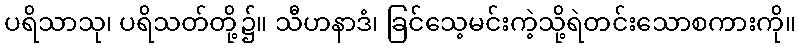
ပရိသာသု၊ ပရိသတ်တို့၌။ သီဟနာဒံ၊ ခြင်သေ့မင်းကဲ့သို့ရဲတင်းသောစကားကို။